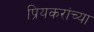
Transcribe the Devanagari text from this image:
प्रियकरांच्या